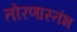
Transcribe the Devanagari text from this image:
तोरणास्तंभ